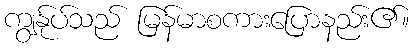
ကျွန်ုပ်သည် မြန်မာစကားပြောနည်း၏။